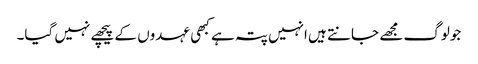
جولوگ مجھے جانتے ہیں انہیں پتہ ہے کبھی عہدوں کے پیچھے نہیں گیا۔